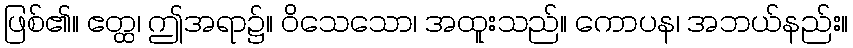
ဖြစ်၏။ ဧတ္ထ၊ ဤအရာ၌။ ဝိသေသော၊ အထူးသည်။ ကောပန၊ အဘယ်နည်း။